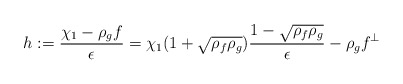
\begin{align*} h := \frac{\chi_1 - \rho_g f}{\epsilon} = \chi_1 (1 + \sqrt{\rho_f \rho_g})\frac{1 - \sqrt{\rho_f \rho_g}}{\epsilon} - \rho_g f^\perp\end{align*}